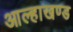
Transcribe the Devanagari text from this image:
आल्हाखण्ड